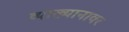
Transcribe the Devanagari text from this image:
व्याख्यानावर